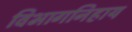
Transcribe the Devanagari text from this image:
विभागनिहाय